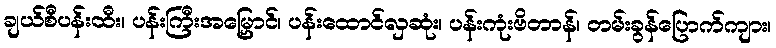
ချယ်စီပန်းထီး၊ ပန်းကြီးအမြှောင်၊ ပန်းထောင်လှဆုံး၊ ပန်းကုံးဗိတာန်၊ တမ်းခွန်ပြောက်ကျား၊